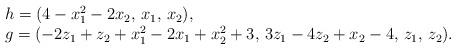
LaTeX: \begin{align*}\begin{array}{l}h = (4-x_1^2-2x_2,\, x_1,\, x_2),\\g = (-2z_1+z_2+x_1^2-2x_1+x_2^2+3,\, 3z_1-4z_2+x_2-4,\, z_1,\, z_2).\end{array}\end{align*}